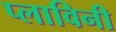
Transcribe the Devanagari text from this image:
प्लाविनी